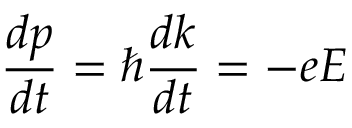
{ \frac { d p } { d t } } = \hbar { \frac { d k } { d t } } = - e E